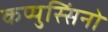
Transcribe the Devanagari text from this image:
कप्पुस्सिंनो